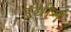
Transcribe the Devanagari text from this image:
उद्योम